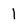
Character: 1